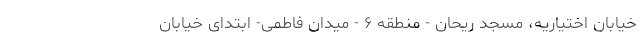
خیابان اختیاریه، مسجد ریحان - منطقه ۶ - میدان فاطمی- ابتدای خیابان